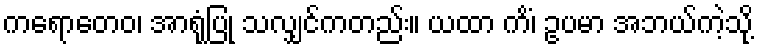
ကရောတေဝ၊ အာရုံပြု သလျှင်ကတည်း။ ယထာ ကိံ၊ ဥပမာ အဘယ်ကဲ့သို့